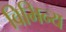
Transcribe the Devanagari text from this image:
विभिन्य